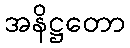
အနိဋ္ဌတော